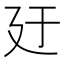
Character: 𪪬